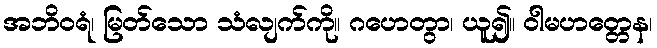
အဘိဝရံ၊ မြတ်သော သံလျက်ကို။ ဂဟေတွာ၊ ယူ၍။ ဝါမဟတ္တေန၊